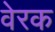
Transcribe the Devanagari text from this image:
वेरक